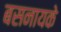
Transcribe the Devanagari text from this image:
बसनायके